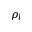
\rho _ { l }